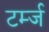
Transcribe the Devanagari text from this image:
टर्म्ज